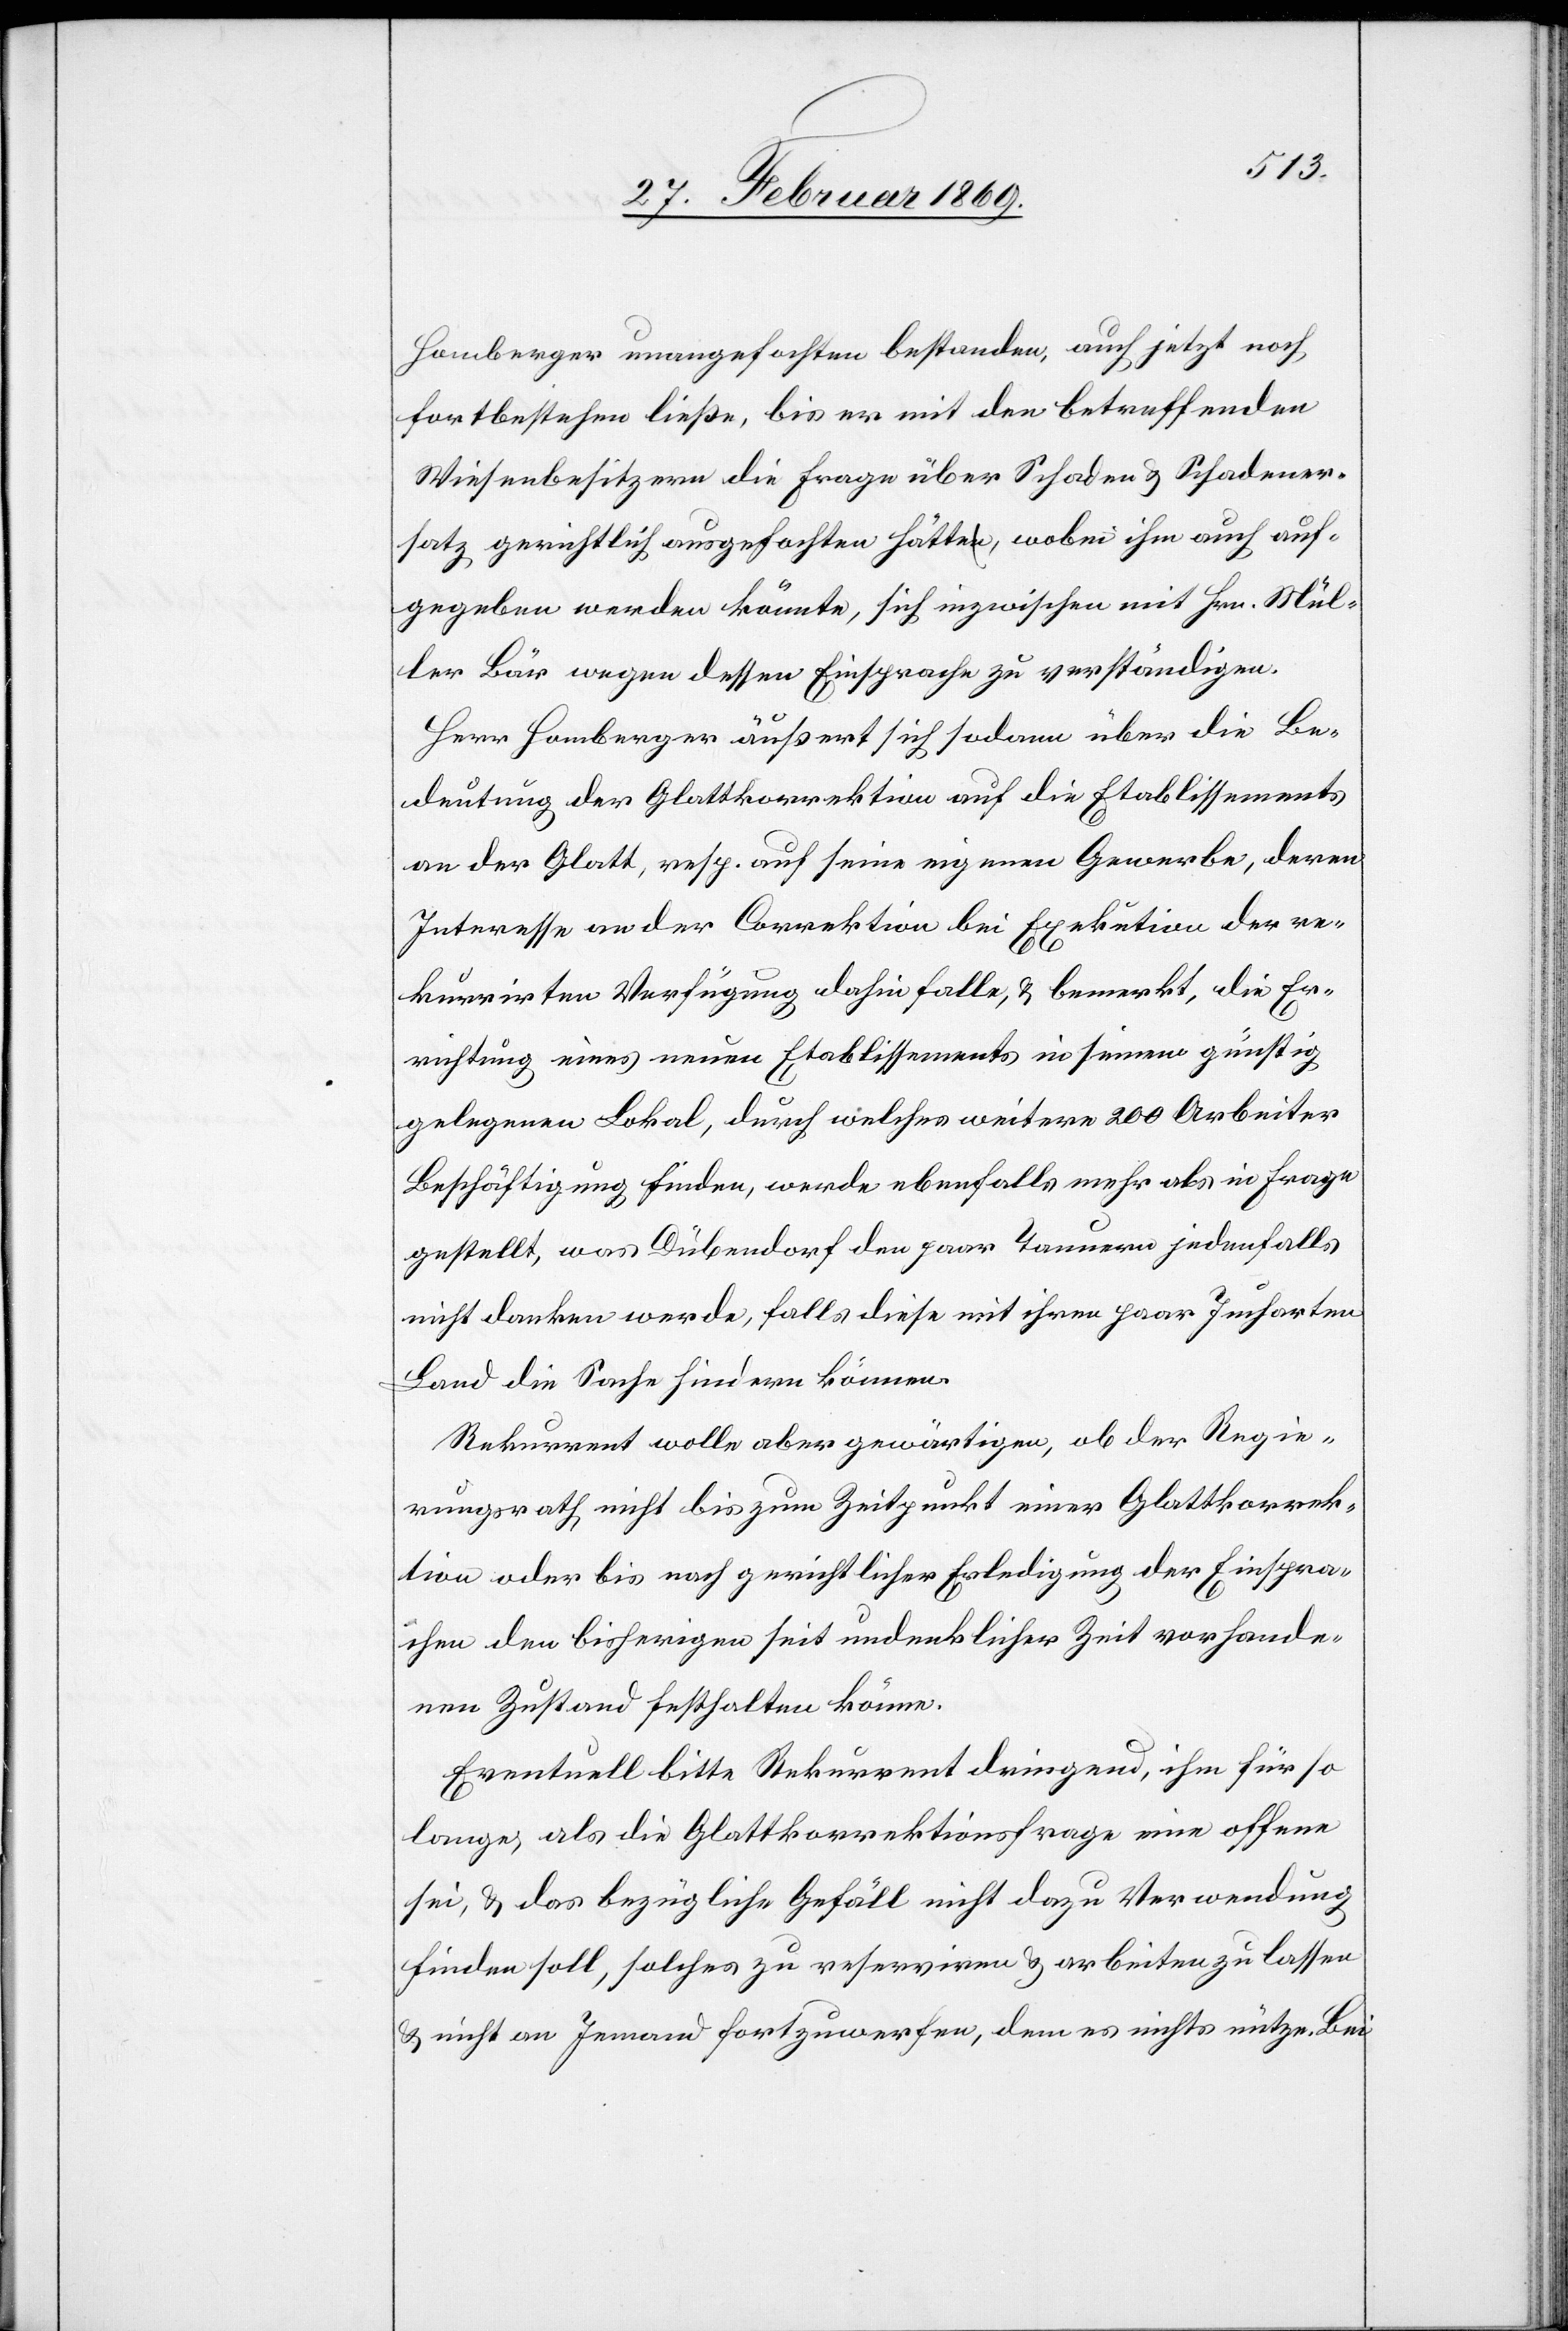
Homberger unangefochten bestanden, auch jetzt noch
fortbestehen ließe, bis er mit den betreffenden
Wiesenbesitzern die Frage über Schaden & Schadener¬
satz gerichtlich ausgefochten hätte, wobei ihm auch auf¬
gegeben werden könnte, sich inzwischen mit Hrn. Mül¬
ler Bär wegen dessen Einsprache zu verständigen.
Herr Homberger äußert sich sodann über die Be¬
deutung der Glattkorrektion auf die Etablissements
an der Glatt, resp. auf seine eigenen Gewerbe, deren
Interesse an der Correktion bei Exekution der re¬
kurrirten Verfügung dahin falle, u. bemerkt, die Er¬
richtung eines neuen Etablissements in seinem günstig
gelegenen Lokal, durch welches weitere 200 Arbeiter
Beschäftigung finden, werde ebenfalls mehr als in Frage
gestellt, was Dübendorf den paar Taunern jedenfalls
nicht danken werde, falls diese mit ihrem paar Jucharten
Land die Sache hindern können.
Rekurrent wolle aber gewärtigen, ob der Regie¬
rungsrath nicht bis zum Zeitpunkt einer Glattkorrek¬
tion oder bis nach gerichtlicher Erledigung der Einspra¬
chen den bisherigen seit undenklicher Zeit vorhande¬
nen Zustand festhalten könne.
Eventuell bitte Rekurrent dringend, ihm für so
lange, als die Glattkorrektionsfrage eine offene
sei, & das bezügliche Gefäll nicht dazu Verwendung
finden soll, solches zu reserviren & arbeiten zu lassen
& nicht an Jemand fortzuwerfen, dem es nichts nütze. Bei